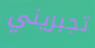
تجبريني